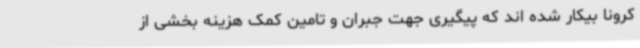
کرونا بیکار شده اند که پیگیری جهت جبران و تامین کمک هزینه بخشی از